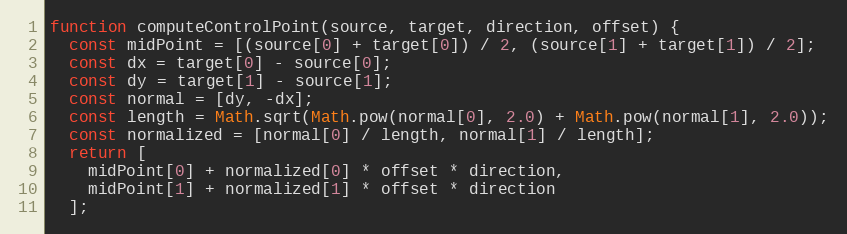
Language: JavaScript
function computeControlPoint(source, target, direction, offset) {
  const midPoint = [(source[0] + target[0]) / 2, (source[1] + target[1]) / 2];
  const dx = target[0] - source[0];
  const dy = target[1] - source[1];
  const normal = [dy, -dx];
  const length = Math.sqrt(Math.pow(normal[0], 2.0) + Math.pow(normal[1], 2.0));
  const normalized = [normal[0] / length, normal[1] / length];
  return [
    midPoint[0] + normalized[0] * offset * direction,
    midPoint[1] + normalized[1] * offset * direction
  ];